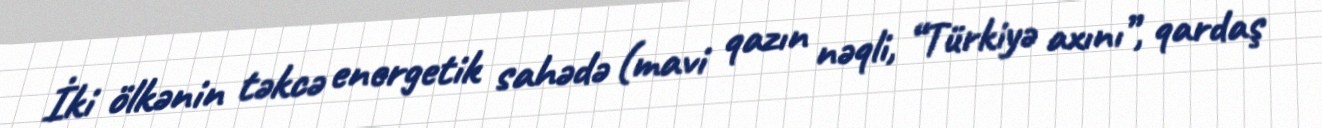
İki ölkənin təkcə energetik sahədə (mavi qazın nəqli, “Türkiyə axını”, qardaş